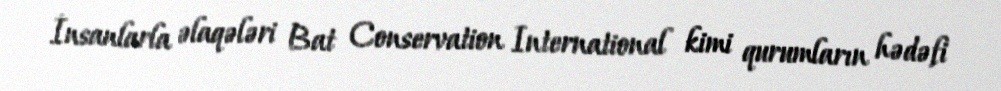
İnsanlarla əlaqələri Bat Conservation International kimi qurumların hədəfi